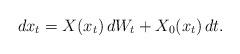
LaTeX: \begin{align*}dx_t=X(x_t)\,dW_t+ X_0(x_t)\,dt.\end{align*}